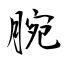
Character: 腕